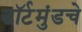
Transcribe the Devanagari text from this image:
डॉर्टमुंडचे